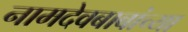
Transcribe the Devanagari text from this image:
नामदेवबाबांच्या